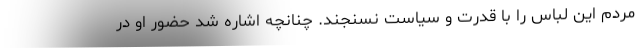
مردم این لباس را با قدرت و سیاست نسنجند. چنانچه اشاره شد حضور او در